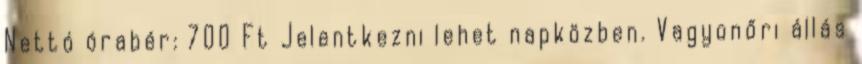
Nettó órabér: 700 Ft Jelentkezni lehet napközben. Vagyonőri állás